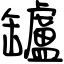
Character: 罏